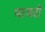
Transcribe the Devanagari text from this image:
मायरो